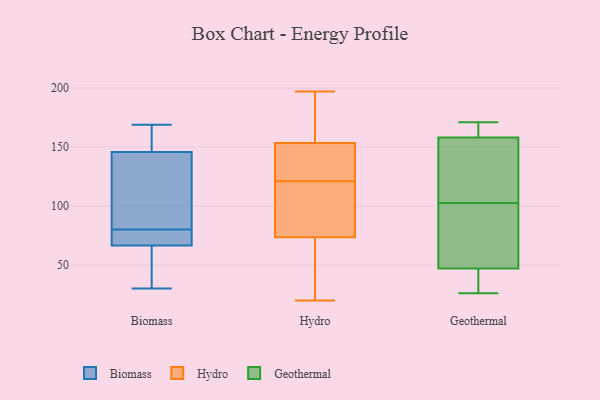
{"axis": {"x": "Customer Acquisition Cost (USD)", "y": "Value"}, "legend": ["Biomass", "Geothermal", "Hydro"], "data": [{"x": "", "y": 80, "type": "Biomass"}, {"x": "", "y": 154, "type": "Biomass"}, {"x": "", "y": 169, "type": "Biomass"}, {"x": "", "y": 94, "type": "Biomass"}, {"x": "", "y": 154, "type": "Biomass"}, {"x": "", "y": 66, "type": "Biomass"}, {"x": "", "y": 59, "type": "Biomass"}, {"x": "", "y": 69, "type": "Biomass"}, {"x": "", "y": 30, "type": "Biomass"}, {"x": "", "y": 121, "type": "Biomass"}, {"x": "", "y": 68, "type": "Biomass"}, {"x": "", "y": 118, "type": "Hydro"}, {"x": "", "y": 20, "type": "Hydro"}, {"x": "", "y": 197, "type": "Hydro"}, {"x": "", "y": 136, "type": "Hydro"}, {"x": "", "y": 120, "type": "Hydro"}, {"x": "", "y": 79, "type": "Hydro"}, {"x": "", "y": 68, "type": "Hydro"}, {"x": "", "y": 175, "type": "Hydro"}, {"x": "", "y": 148, "type": "Hydro"}, {"x": "", "y": 82, "type": "Hydro"}, {"x": "", "y": 21, "type": "Hydro"}, {"x": "", "y": 65, "type": "Hydro"}, {"x": "", "y": 22, "type": "Hydro"}, {"x": "", "y": 112, "type": "Hydro"}, {"x": "", "y": 179, "type": "Hydro"}, {"x": "", "y": 159, "type": "Hydro"}, {"x": "", "y": 169, "type": "Hydro"}, {"x": "", "y": 130, "type": "Hydro"}, {"x": "", "y": 122, "type": "Hydro"}, {"x": "", "y": 139, "type": "Hydro"}, {"x": "", "y": 158, "type": "Geothermal"}, {"x": "", "y": 171, "type": "Geothermal"}, {"x": "", "y": 26, "type": "Geothermal"}, {"x": "", "y": 117, "type": "Geothermal"}, {"x": "", "y": 170, "type": "Geothermal"}, {"x": "", "y": 41, "type": "Geothermal"}, {"x": "", "y": 71, "type": "Geothermal"}, {"x": "", "y": 111, "type": "Geothermal"}, {"x": "", "y": 94, "type": "Geothermal"}, {"x": "", "y": 47, "type": "Geothermal"}]}